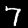
Digit: 7